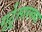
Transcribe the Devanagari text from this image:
गुर्टूसारख्या